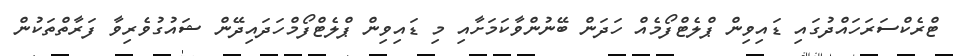
ޓްރެކްސަރަހައްދުގައި ޑައިވިން ޕްލެޓްފޯމެއް ހަދަން ބޭނުންވާކަމަށާއި މި ޑައިވިން ޕްލެޓްފޯމްހަދައިދޭން ޝައުގުވެރިވާ ފަރާތްތަކުން